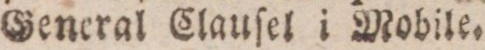
General Clauſel i Mobile.